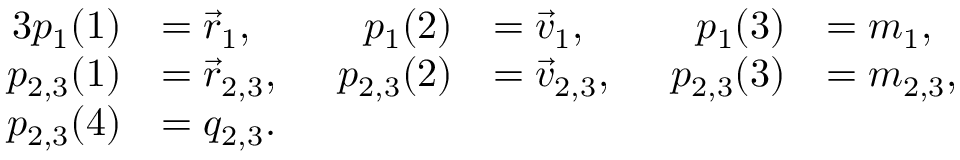
\begin{array} { r l r l r l } { { 3 } p _ { 1 } ( 1 ) } & { = \vec { r } _ { 1 } , } & { p _ { 1 } ( 2 ) } & { = \vec { v } _ { 1 } , } & { p _ { 1 } ( 3 ) } & { = m _ { 1 } , } \\ { p _ { 2 , 3 } ( 1 ) } & { = \vec { r } _ { 2 , 3 } , \; \; } & { p _ { 2 , 3 } ( 2 ) } & { = \vec { v } _ { 2 , 3 } , \; \; } & { p _ { 2 , 3 } ( 3 ) } & { = m _ { 2 , 3 } , } \\ { p _ { 2 , 3 } ( 4 ) } & { = q _ { 2 , 3 } . } \end{array}